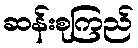
ဆန်းစုကြည်